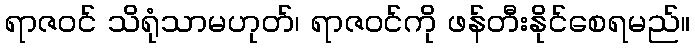
ရာဇဝင် သိရုံသာမဟုတ်၊ ရာဇဝင်ကို ဖန်တီးနိုင်စေရမည်။